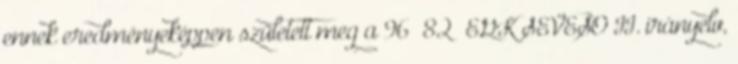
ennek eredményeképpen született meg a 96 82 EGK SEVESO II. irányelv,